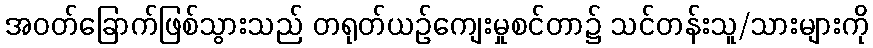
အဝတ်ခြောက်ဖြစ်သွားသည် တရုတ်ယဉ်ကျေးမှုစင်တာ၌ သင်တန်းသူ/သားများကို